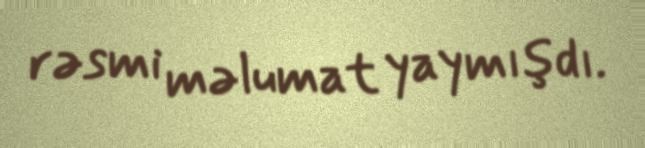
rəsmi məlumat yaymışdı.